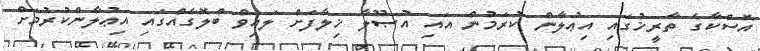
އޮސްކާގެ ތާރީޚުގައި އިޢުލާން ކުރަމުން އައި އުޞޫލާ ޚިލާފަށް ލައިވް ބްލޮގެއްގައި އިޢުލާންކުރުމަށް